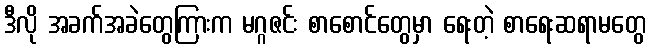
ဒီလို အခက်အခဲတွေကြားက မဂ္ဂဇင်း စာစောင်တွေမှာ ရေးတဲ့ စာရေးဆရာမတွေ